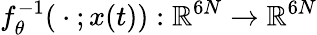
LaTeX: f_{\theta}^{-1}({}\cdot{};x(t)):\mathbb{R}^{6N}\to\mathbb{R}^{6N}